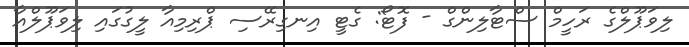
ލިވަޕޫލްގެ ރަހީމް ސްޓާލިންގް - ފޮޓޯ: ގެޓީ އިނގިރޭސި ޕްރިމިއާ ލީގުގައި ލިވަޕޫލްއާ